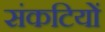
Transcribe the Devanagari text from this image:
संकटियों